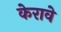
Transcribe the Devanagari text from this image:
केरावे